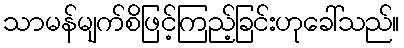
သာမန်မျက်စိဖြင့်ကြည့်ခြင်းဟုခေါ်သည်။